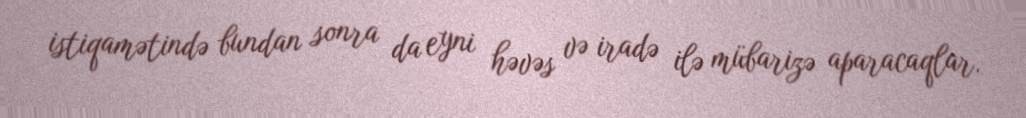
istiqamətində bundan sonra da eyni həvəs və iradə ilə mübarizə aparacaqlar.